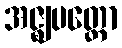
အဇ္ဈပတ္တော